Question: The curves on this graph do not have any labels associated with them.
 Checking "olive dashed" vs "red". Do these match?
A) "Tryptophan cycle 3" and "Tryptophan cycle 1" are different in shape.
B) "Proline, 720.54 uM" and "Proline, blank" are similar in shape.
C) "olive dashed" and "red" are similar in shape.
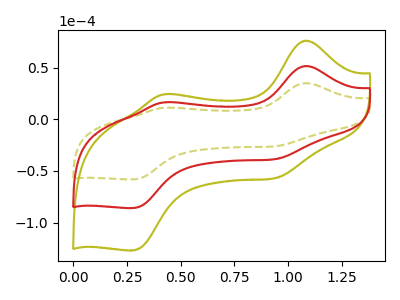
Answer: <think>The olive dashed curve "olive dashed" has anodic peaks at (1.10V, 34.85uA) (0.40V, 11.05uA) and cathodic peaks at (0.95V, -26.15uA) (0.30V, -58.20uA). The olive curve "olive" has anodic peaks at (1.10V, 102.90uA) (0.40V, 32.65uA) and cathodic peaks at (0.95V, -77.25uA) (0.30V, -171.90uA). The red curve "red" has anodic peaks at (1.10V, 51.45uA) (0.40V, 16.30uA) and cathodic peaks at (0.95V, -38.60uA) (0.30V, -85.95uA).
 All the peaks in "olive dashed" have a peak in "red" at the same potential. Every peak in "olive dashed" is lower than every peak in "red".</think>
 <answer>C) "olive dashed" and "red" are similar in shape.</answer>
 <eval>C</eval>